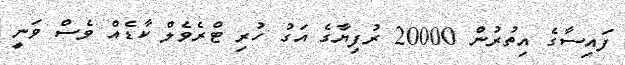
ފައިސާގެ އިތުރުން 20000 ރުފިޔާގެ އަގު ހުރި ޓްރެވެލް ކާޑެއް ވެސް ވަނީ